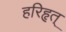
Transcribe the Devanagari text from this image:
हरिहृत्